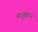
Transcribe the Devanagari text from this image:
मधूसूदन